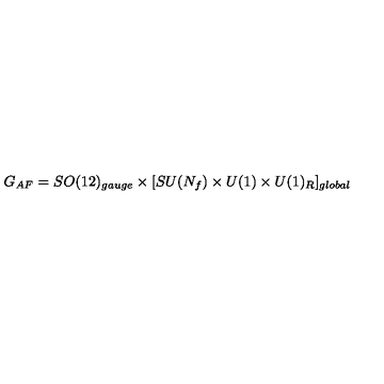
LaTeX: G _ { A F } = S O ( 1 2 ) _ { g a u g e } \times [ S U ( N _ { f } ) \times U ( 1 ) \times U ( 1 ) _ { R } ] _ { g l o b a l }